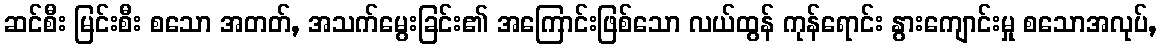
ဆင်စီး မြင်းစီး စသော အတတ်, အသက်မွေးခြင်း၏ အကြောင်းဖြစ်သော လယ်ထွန် ကုန်ရောင်း နွားကျောင်းမှု စသောအလုပ်,